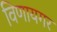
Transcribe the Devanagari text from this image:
विणायगर